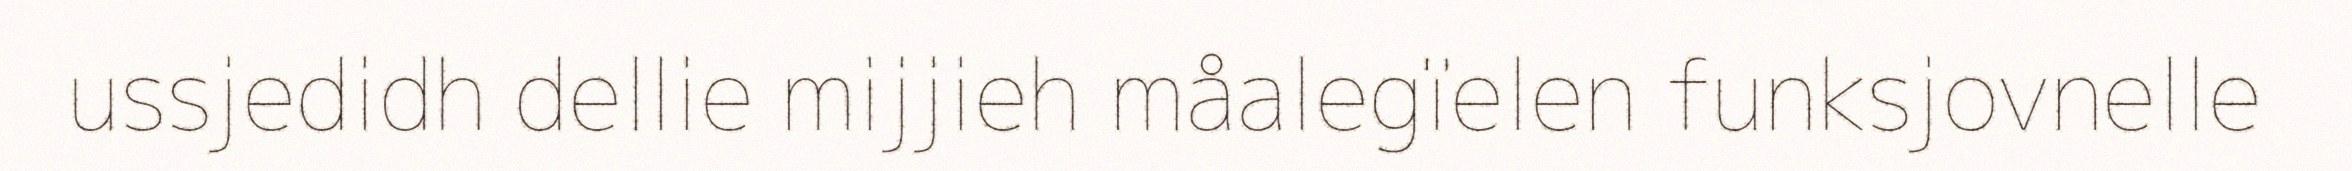
ussjedidh dellie mijjieh måalegïelen funksjovnelle